Report on horse surra - Volume I
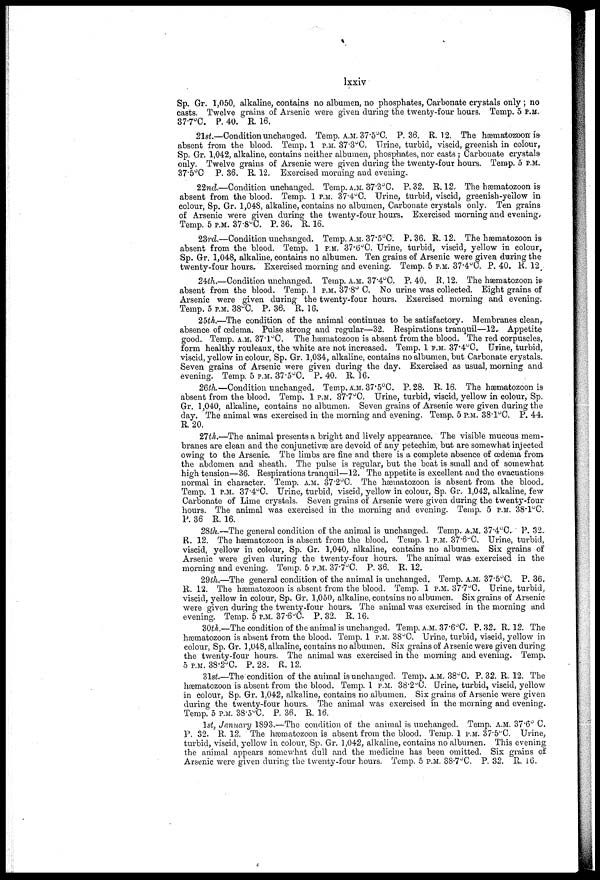
lxxiv
Sp. Gr. 1,050, alkaline, contains no albumen, no phosphates, Carbonate crystals only ; no
casts. Twelve grains of Arsenic were given during the twenty-four hours. Temp. 5 P.M.
37.7°C. P. 40. R. 16.
21st.—Condition unchanged. Temp. A.M.. 37.5.°C. P. 36. R. 12. The hæmatozoon is
absent from the blood. Temp. 1 P.M. 373°C. Urine, turbid, viscid, greenish in colour,
Sp. Gr. 1,042, alkaline, contains neither albumen, phosphates, nor casts ; Carbonate crystals-
only. Twelve grains of Arsenic were given during the twenty-four hours. Temp. 5 P.M.
37.5°C. P. 36. R. 12. Exercised morning and evening.,
22nd.—Condition unchanged. Temp, A.M. 37.3°C. P. 32. R. 12. The hæmatozoon is
absent from the blood. Temp. 1 P.M. 37.4°C. Urine, turbid, viscid, greenish-yellow in
colour, Sp. Gr. 1,04S, alkaline, contains no albumen, Carbonate crystals only. Ten grains
of Arsenic were given during the twenty-four hours. Exercised morning and evening.
Temp. 5 P.M. 37.8°C. P. 36. R. 16.
23rd—Condition unchanged. Temp. A.M. 37.5°C. P. 36. R. 12. The hæmatozoon is
absent from the blood. Temp. 1 P.M. 37.6°C. Urine, turbid, viscid, yellow in colour,
Sp. Gr. 1,048, alkaline, contains no albumen. Ten grains of Arsenic were given during the
twenty-four hours. Exercised morning and evening. Temp. 5 P.M. 37.4°C, P. 40. R. 12
24th.—Condition unchanged. Temp. A.M. 37.4°C. P. 40. R. 12. The hæmatozoon is
absent from the blood. Temp. 1 P.M. 37.8° C. No urine was collected. Eight grains of
Arsenic were given during the twenty-four hours. Exercised morning and evening.
Temp. 5 P.M. 38°C. P. 36. R. 16.
25th.—The condition of the animal continues to be satisfactory. Membranes clean,
absence of œdema. Pulse strong and regular—32. Respirations tranquil—12. Appetite
good. Temp. A.M. 37.1°C. The hæmatozoon is absent from the blood. The red corpuscles,
form healthy rouleaux, the white are not increased. Temp. 1 P.M. 37.4°C. Urine, turbid,
viscid, yellow in colour, Sp. Gr. 1,034, alkaline, contains no albumen, but. Carbonate crystals.
Seven grains of Arsenic were given during the day. Exercised as usual, morning and
evening. Temp. 5 P.M. 37.5°C. P. 40. R. 16.
26th—Condition unchanged. Temp. A.M. 37.5°C, P. 28. R. 16. The hæmatozoon is
absent from the blood. Temp. 1 P.M.. 37.7°C. Urine, turbid, viscid, yellow in colour, Sp.
Gr. 1,040, alkaline, contains no albumen. Seven grains of Arsenic were given during the
day. The animal was exercised in the morning and evening. Temp. 5 P:M. 38.1°C. P. 44.
R. 20.
27th.—The animal presents a bright and lively appearance. The visible mucous mem-
branes are clean and the conjunctivae are devoid of any petechias, but are somewhat injected
owing to the Arsenic. The limbs are fine and there is a complete absence of œdema from
the abdomen and sheath. The pulse is regular, but the beat is small and of somewhat
high tension—36. Respirations tranquil—12. The appetite is excellent and the evacuations-
normal in character. Temp; A.M. 87.2°C. The hæmatozoon is absent from the blood.
Temp. 1 P.M. 37.4°C. Urine, turbid, viscid, yellow in colour, Sp. Gr. 1,042, alkaline, few
Carbonate of Lime crystals. Seven grains of Arsenic were given during the twenty-four
hours. The animal was exercised in the morning and evening. Temp. 5 P.M. 38.1°C.
P. 36 R. 16.
28th.—The general condition of the animal is unchanged. Temp.. A.M. 37.4°C. P. 32.
R. 12. The hæmatozoon is absent from the blood. Temp. 1 P.M. 37.6°C. Urine, turbid,
viscid, yellow in colour, Sp. Gr. 1,040, alkaline, contains no albumen. Six grains of
Arsenic were given during the twenty-four hours. The animal was exercised in the
morning and evening. Temp. 5 P.M. 37.7°C. P. 36. R. 12.
29th.—The general condition of the animal is unchanged. Temp. A.M. 37.5°C. P. 36.
R. 12. The hæmatozoon is absent from the blood. Temp. I P.M. 37.7°C. Urine, turbid,
viscid, yellow in colour, Sp. Gr. 1,050, alkaline, contains no albumen. Six grains of Arsenic
were given during the twenty-four hours. The animal was exercised in the morning and
evening. Temp. 5 P.M. 37.6°C P. 32. R. 16.
30th.—The condition of the animal is unchanged. Temp. A.M. 37.6°C. P. 32. R.. 12. The
hæmatozoon is absent from the blood. Temp. 1 P.M. 38°C. Urine, turbid, viscid, yellow in
colour, Sp. Gr. 1,048, alkaline, contains no albumen. Six grains of Arsenic were given during
the twenty-four hours. The animal was exercised in the morning and evening. Temp.
5 P.M. 38.2°C. P. 28. R. 12.
31st The condition of the animal is unchanged. Temp. A.M.. 38°C. P. 32. R. 12. The
hæmatozoon is absent from the blood. Temp. 1 P.M. 38.2°C. Urine, turbid, viscid, yellow
in colour, Sp. Gr. 1,042, alkaline, contains no albumen. Six grains of Arsenic were given
during the twenty-four hours. The animal was exercised in the morning and evening.
Temp. 5 P.M. 38.5°C. P. 36. R. 16.
1st, January 1893.—The condition of the animal is unchanged. Temp. A.M. 37.6° C.
P. 32. R. 12. The hæmatozoon is absent from the blood. Temp. 1 P.M. 37.5°C. Urine,
turbid, viscid, yellow in colour, Sp. Gr. 1,042, alkaline, contains no albumen. This evening,
the animal appears somewhat dull and the medicine has been omitted. Six grains of
Arsenic were given during the twenty-four hours. Temp. 5 P.M. 38.7°C. P. 32. R. 16,